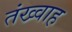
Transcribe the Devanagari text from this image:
तंख्वाह